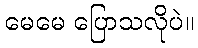
မေမေ ပြောသလိုပဲ။